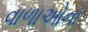
વાળાઓના